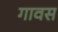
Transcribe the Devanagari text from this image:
गावस